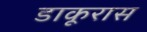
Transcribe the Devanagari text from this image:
डाकूरास